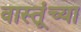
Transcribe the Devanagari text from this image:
वास्तूंच्या